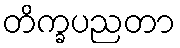
တိက္ခပညတာ